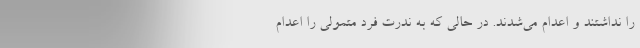
را نداشتند و اعدام می‌شدند. در حالی که به ندرت فرد متمولی را اعدام